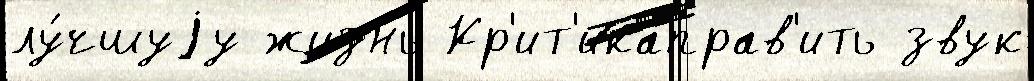
лу́чшуjу жизнь Кр'ит'икаправ'ить звук